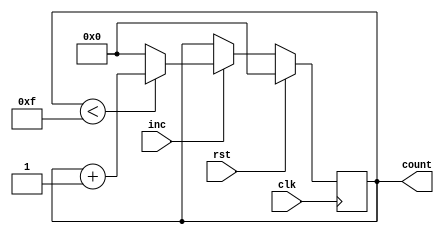
module IncrementalCounter #(
    parameter INITIAL_VALUE = 0, // Initial value of the counter
    parameter MAX_VALUE = 15,     // Maximum value of the counter (wrap around)
    parameter WIDTH = 4           // Bit-width of the counter
)(
    input wire clk,               // Clock signal
    input wire rst,               // Reset signal (active-high)
    input wire inc,               // Increment trigger
    output reg [WIDTH-1:0] count  // Current count value
);

    // Always block triggered on the rising edge of the clock
    always @(posedge clk) begin
        if (rst) begin
            // Reset the counter to the initial value
            count <= INITIAL_VALUE;
        end else if (inc) begin
            // Increment the counter
            if (count < MAX_VALUE) begin
                count <= count + 1;
            end else begin
                // Handle overflow (wrap around)
                count <= 0; // Change to count <= MAX_VALUE if you want to clamp
            end
        end
    end

endmodule